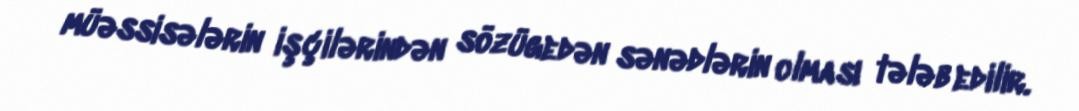
müəssisələrin işçilərindən sözügedən sənədlərin olması tələb edilir.